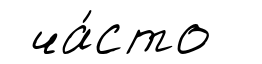
ча́сто